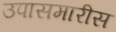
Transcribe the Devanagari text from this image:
उपासमारीस